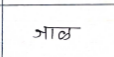
मजकूर: जाल